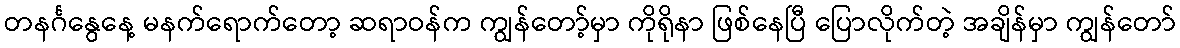
တနင်္ဂနွေနေ့ မနက်ရောက်တော့ ဆရာဝန်က ကျွန်တော့်မှာ ကိုရိုနာ ဖြစ်နေပြီ ပြောလိုက်တဲ့ အချိန်မှာ ကျွန်တော်